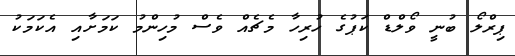
ޕިރްލޯ ބުނީ ވޯލްޑް ކަޕުގެ ހުރިހާ މެޗެއް ވެސް މުހިންމު ކަމަށާއި އެކަމަކު